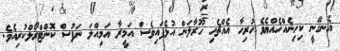
އެނގޭނީ ކިހިނެއްހެއްޔެވެ ހުރިހާ އެއްޗެހި ހޫރާލަން އުޅެފައިވެސް އަމީރާ އަމިއްލަ ނަފުސް ކޮންޓްރޯލްކުރިއެވެ.